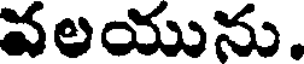
వలయును.